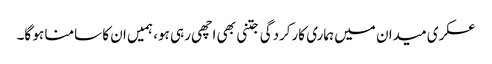
عسکری میدان میں ہماری کارکردگی جتنی بھی اچھی رہی ہو، ہمیں ان کا سامنا ہو گا۔